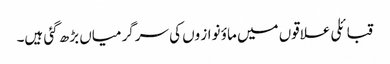
قبائلی علاقوں میں ماؤ نواز وں کی سرگرمیاں بڑھ گئی ہیں۔